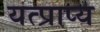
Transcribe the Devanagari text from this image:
यत्प्राप्य